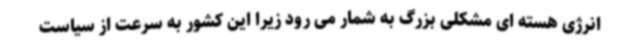
انرژی هسته ای مشکلی بزرگ به شمار می رود زیرا این کشور به سرعت از سیاست